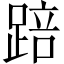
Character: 踣